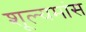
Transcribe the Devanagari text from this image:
शूल्यमांस